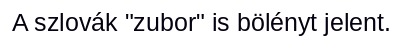
A szlovák "zubor" is bölényt jelent.